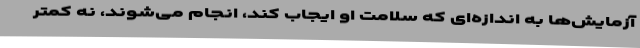
آزمایش‌ها به اندازه‌ای که سلامت او ایجاب کند، انجام می‌شوند، نه کمتر